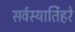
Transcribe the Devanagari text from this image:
सर्वस्यार्तिहरे